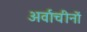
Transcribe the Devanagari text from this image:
अर्वाचीनों